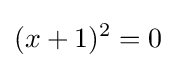
(x+1)^{2}=0